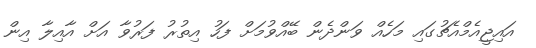
އައިޖީއެމްއެޗުގައި މަހެއް ވަންދެން ބޭއްވުމަށް ފަހު އިތުރު ފަރުވާ އަށް އާއިލާ އިން